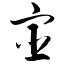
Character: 宦